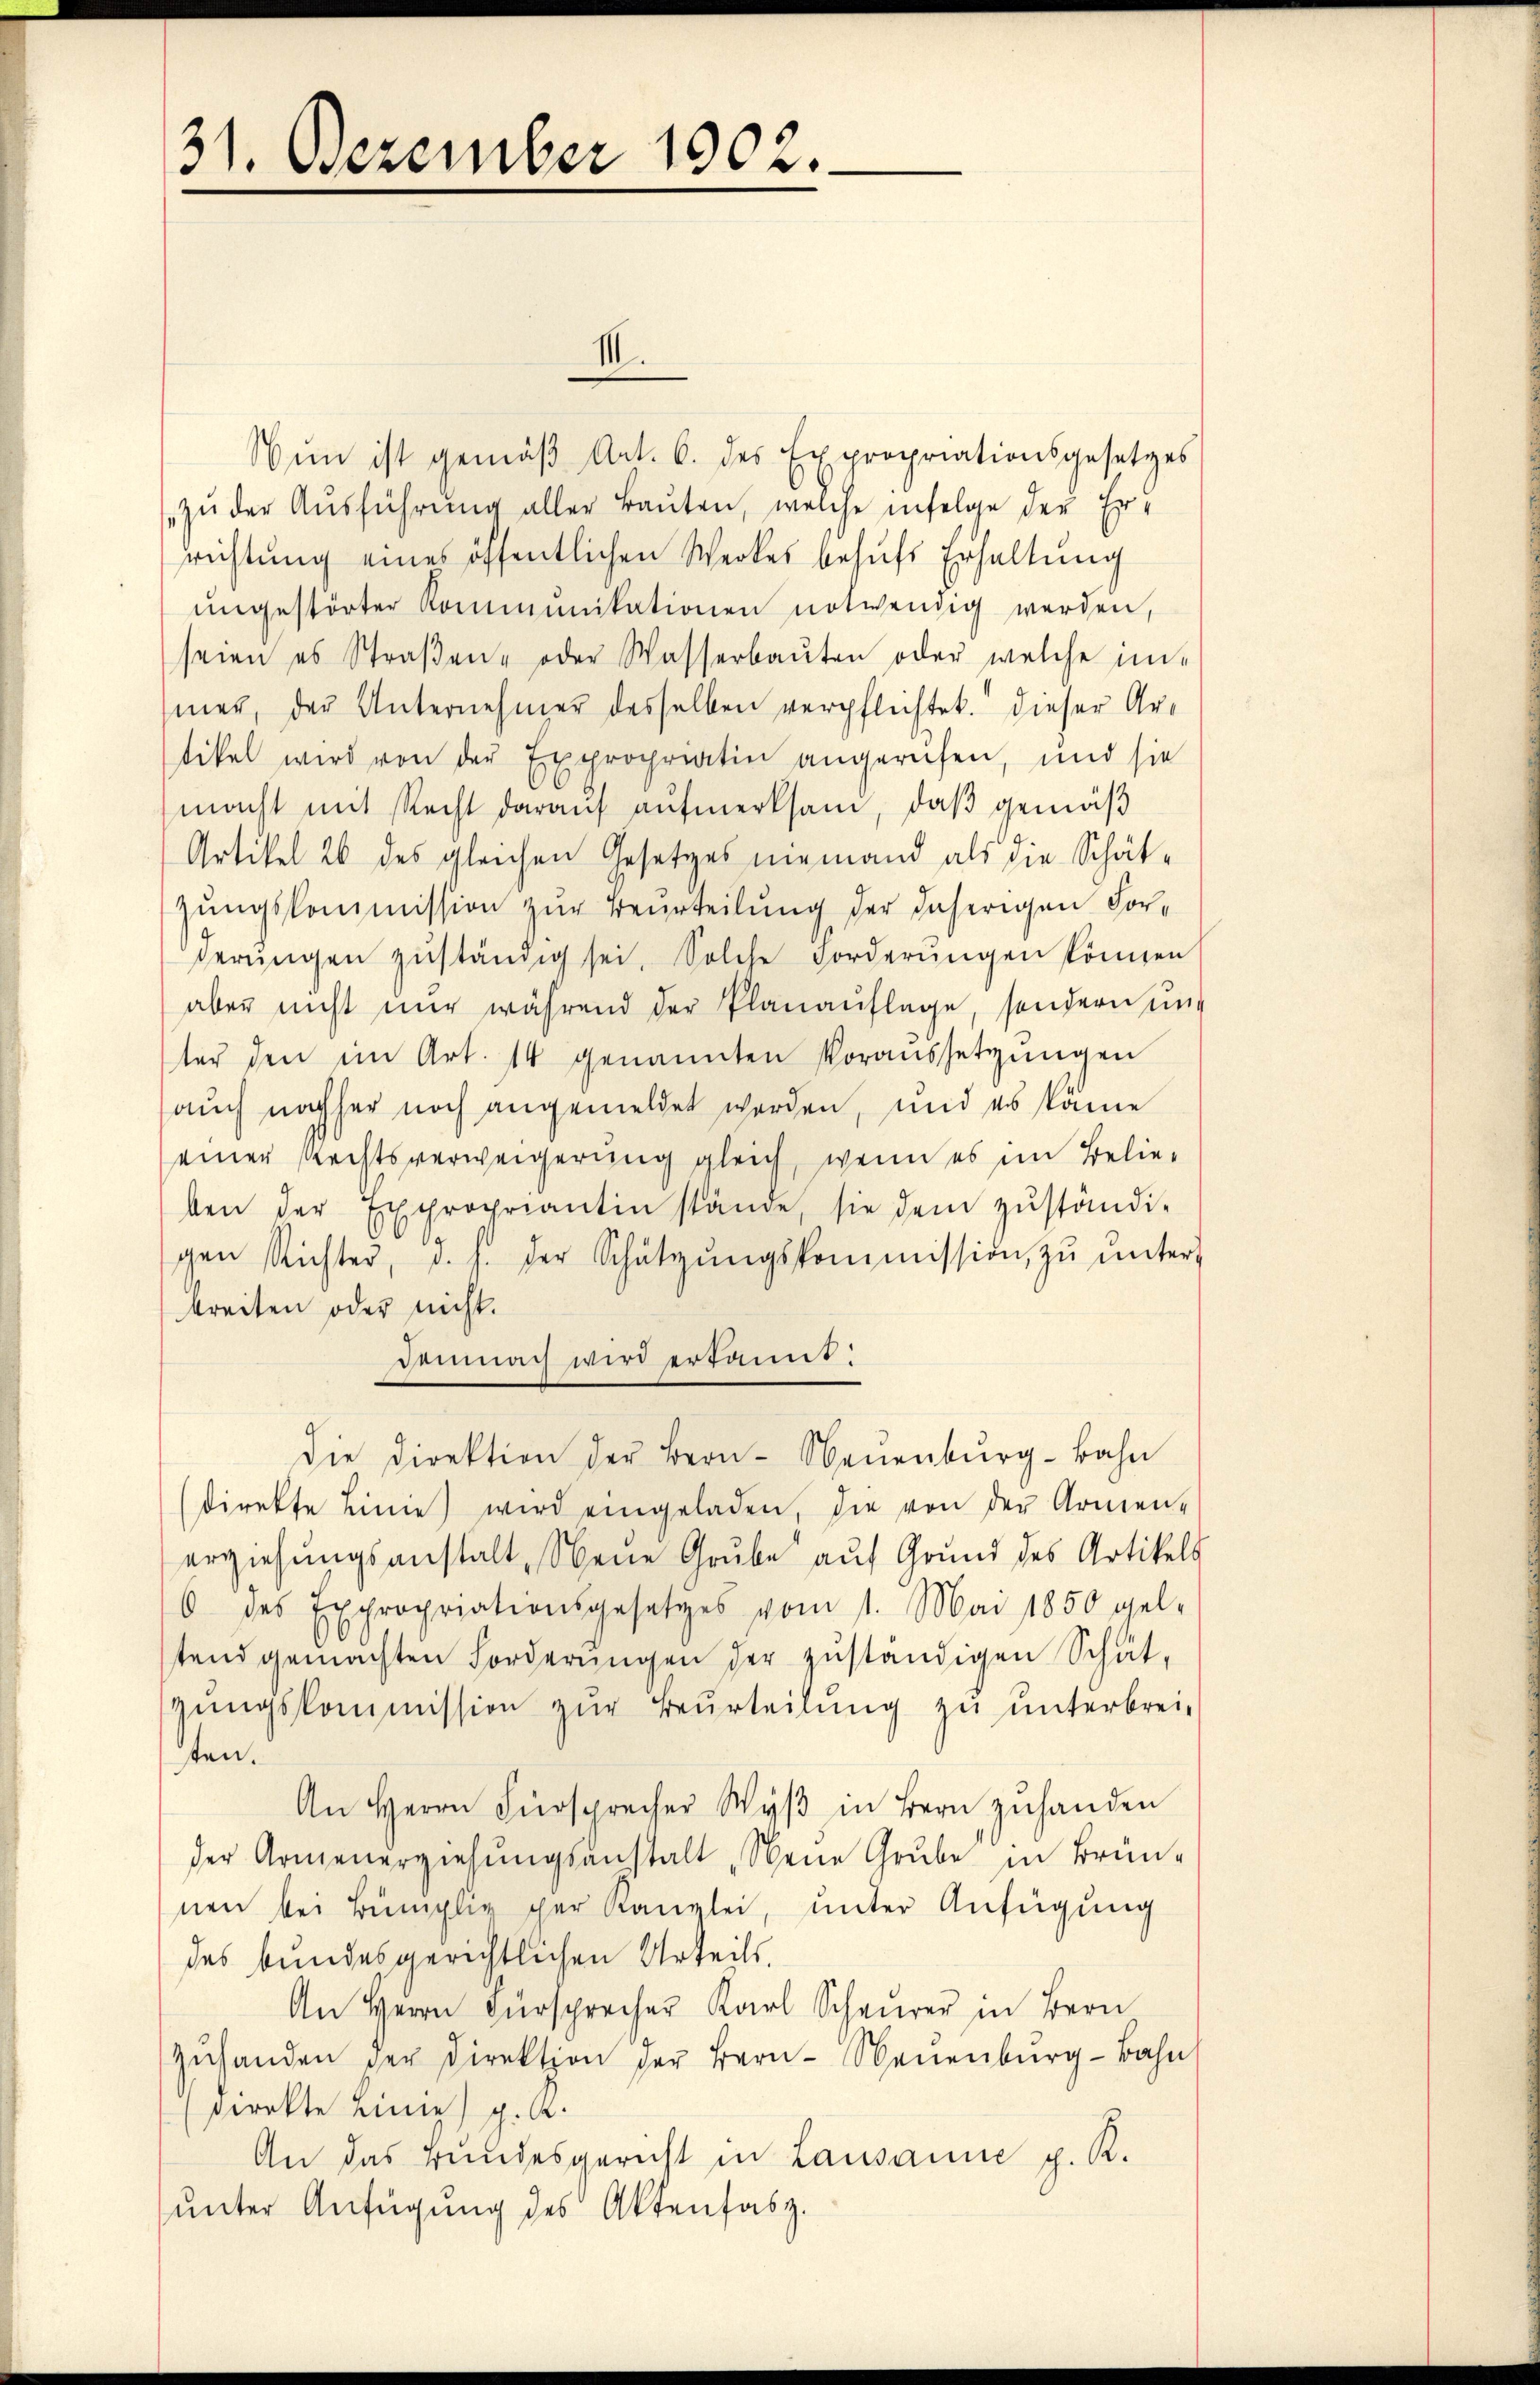
Nun ist gemäβ Art. 6. des Expropriationsgesetzes
zŭ der Aŭsführŭng aller Baŭten, welche infolge der Er-
richtung eines öffentlichen Werkes behŭfs Erhaltŭng
ŭngestörter Kommunikationen notwendig werden,
seien es Straβen- oder Wasserbaŭten oder welche im-
mer, der Unternehmer desselben verpflichtet. Dieser Artikel wird von der Expropriatin angereifen, und sie
macht mit Recht daraŭf aŭfmerksam, daβ gemäß
Artikel 26 des gleichen Gesetzes niemand als die Schätzungskommission zur Beurteilung der daherigen Forderŭngen zŭständig sei. Solche Forderŭngen können
aber nicht nur während der Planauflage, sondern und
ter den im Art. 14 genannten Voraussetzungen
auch nachher noch angemeldet werden, und es käme
einer Rechtsverweigerung gleich, wenn es im Belie-
ben der Expropriantin stände, sie dem zŭständi-
gen Richter, d. h. der Schützŭngskommission zŭ ŭnters
breiten oder nicht.
demnach wird erkannt:
Die Direktion der Bern- Neuenbŭrg-Bahn
direkte Linie) wird eingeladen, die von der Armen-
erziehungsanstalt, Neue Grube auf Grund des Artikels
6 des Expropriationsgesetzes vom 11. Mai 1850 gel-
stand gemachten Forderŭngen der zŭständigen Schät-
gŭngskommission zŭr Beurteilŭng zu unterbrei-
ten.
An Herrn Fürsprecher Wyβ in Bern zŭ handen
der Armenerziehŭngsanstalt, Neue Grube in Brün-
nen bei Bümplig der Kanzlei, unter Anfügung
des bundesgerichtlichen Urteils,
An Herrn Fürsprecher Karl Scher in Bern
Zŭstanden der Direktion der Bern- Neuenburg-Bahn
direkte Linie) g. R.
An das Bundesgericht in Lausanne p. R.
ŭnter Anfügung des Aktensabz.

31. Dezember 1902.

III.